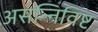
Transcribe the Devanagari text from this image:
असन्निविष्ट